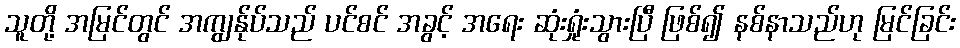
သူတို့ အမြင်တွင် အကျွန်ုပ်သည် ပင်စင် အခွင့် အရေး ဆုံးရှုံးသွားပြီ ဖြစ်၍ နစ်နာသည်ဟု မြင်ခြင်း